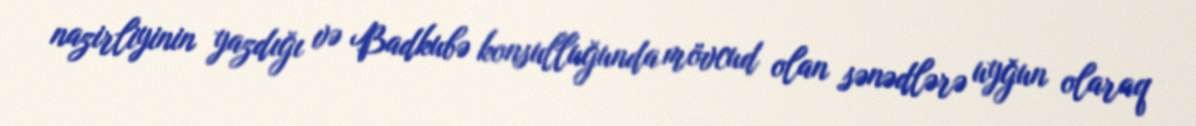
nazirliyinin yazdığı və Badkubə konsulluğunda mövcud olan sənədlərə uyğun olaraq